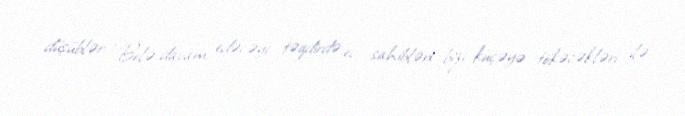
düşüblər: “Belə davam edəcəyi təqdirdə ev sahibləri bizi küçəyə tökəcəkləri ilə